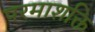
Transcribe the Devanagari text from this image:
परमाशक्ति